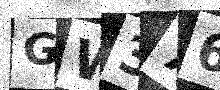
Text: GW376Y